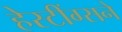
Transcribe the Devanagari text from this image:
हेस्टींग्सने